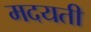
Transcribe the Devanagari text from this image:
मदयती